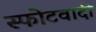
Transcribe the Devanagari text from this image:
स्फोटवादी